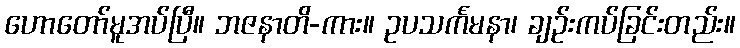
ဟောတော်မူအပ်ပြီ။ ဘဇနာတိ-ကား။ ဥပသင်္ကမနာ၊ ချဉ်းကပ်ခြင်းတည်း။